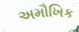
અમૌખિક